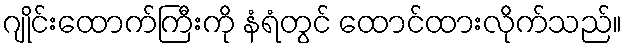
ဂျိုင်းထောက်ကြီးကို နံရံတွင် ထောင်ထားလိုက်သည်။